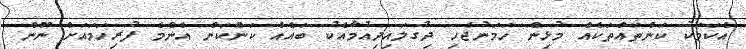
އެކަމަކު ކަންތައްތަކެއް މުޅިން ހަމަނުޖެހި ދިގުލައިދިއުމާއެކު ބައެއް ކަންކަން އެންމެ ފުރިހަމައަށް ނޫން